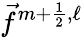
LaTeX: \vec{f}^{m+\frac{1}{2},\ell}